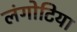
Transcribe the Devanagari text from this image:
लंगोटिया